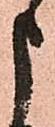
申